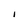
Character: 1